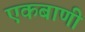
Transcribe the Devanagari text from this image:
एकबाणी